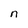
Character: n